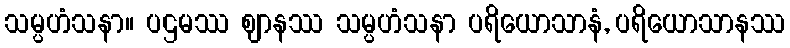
သမ္ပဟံသနာ။ ပဌမဿ ဈာနဿ သမ္ပဟံသနာ ပရိယောသာနံ, ပရိယောသာနဿ